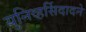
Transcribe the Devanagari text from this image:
युनिव्हर्सिदादने